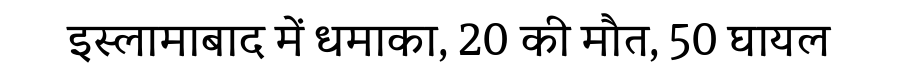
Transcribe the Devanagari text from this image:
इस्लामाबाद में धमाका, 20 की मौत, 50 घायल